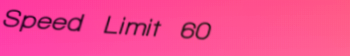
Speed Limit 60